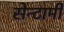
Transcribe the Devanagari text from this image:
सेन्टामी